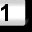
Digit: 1